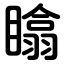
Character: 䁯